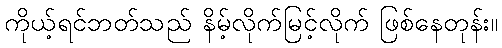
ကိုယ့်ရင်ဘတ်သည် နိမ့်လိုက်မြင့်လိုက် ဖြစ်နေတုန်း။